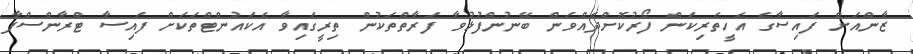
ޒާންއަށް ފައިސާގެ އެހީތެރިކަން ފޯރުކޮށްދެއްވަން ބޭނުންފުޅުވާ ފަރާތްތަކުން ތިރީގައިވާ އެކައުންޓްތަކަށް ފައިސާ ޓްރާންސްފާ